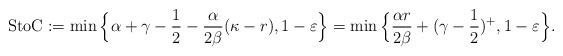
LaTeX: \begin{align*}\textup{StoC} := \min\Big\{ \alpha+\gamma-\frac{1}{2}-\frac{\alpha}{2\beta} (\kappa- r), 1-\varepsilon \Big\}= \min\Big\{ \frac{\alpha r}{2\beta} + (\gamma-\frac{1}{2})^{+}, 1-\varepsilon \Big\}.\end{align*}